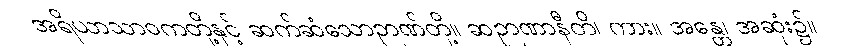
အရိယာသာဝကတို့နှင့် ဆက်ဆံသောဉာဏ်တို့။ ဆဉာဏာနီတိ၊ ကား။ အန္တေ၊ အဆုံး၌။